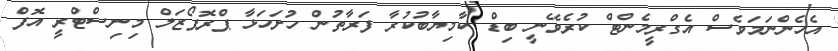
އެހެންނަމަވެސް އެގްރީމެންޓް ކުރެވޭނީ ބިޑް ކާމިޔާބުކުރާ ފަރާތުން ހުށަހަޅާ ޕްރޮޕޯޒަލް މިނިސްޓްރީ އޮފް